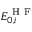
E _ { 0 , i } ^ { \mathrm { ~ H ~ F ~ } }